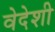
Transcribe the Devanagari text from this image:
वेदेशी